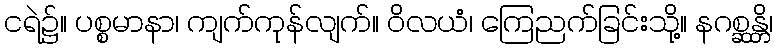
ငရဲ၌။ ပစ္စမာနာ၊ ကျက်ကုန်လျက်။ ဝိလယံ၊ ကြေညက်ခြင်းသို့။ နဂစ္ဆန္တိ၊